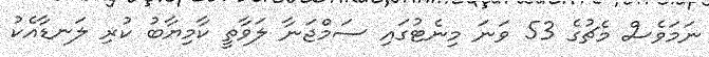
ނަމަވެސް މެޗުގެ 53 ވަނަ މިނެޓުގައި ސަމްޖަނާ ލަވާތީ ކާމިޔާބު ކުރި ލަނޑާއެކު